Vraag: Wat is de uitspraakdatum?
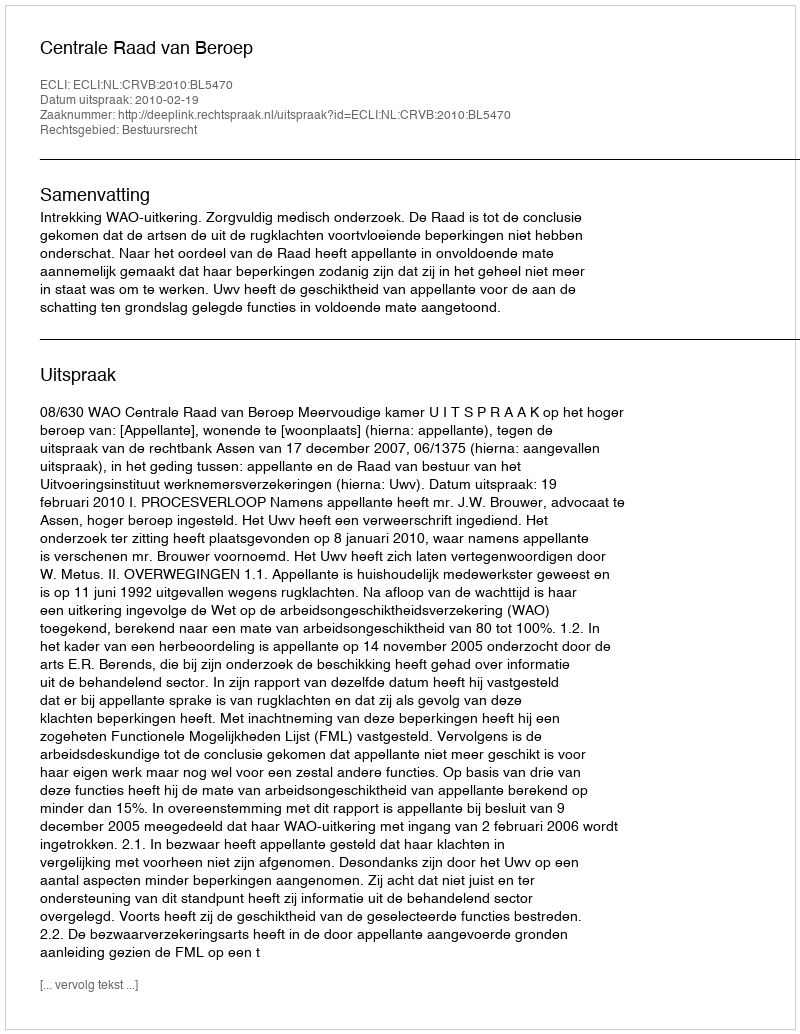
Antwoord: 2010-02-19